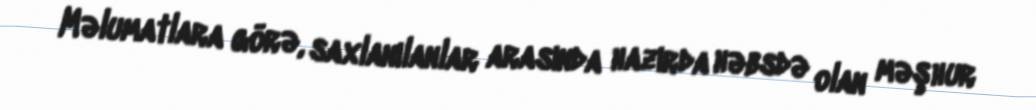
Məlumatlara görə, saxlanılanlar arasında hazırda həbsdə olan məşhur